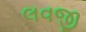
લવજી